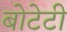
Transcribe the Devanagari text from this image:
बोटेटी